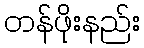
တန်ဖိုးနည်း